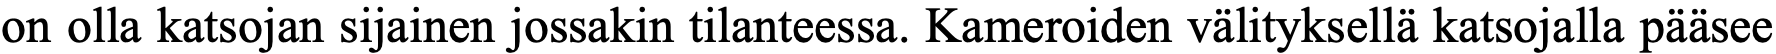
on olla katsojan sijainen jossakin tilanteessa. Kameroiden välityksellä katsojalla pääsee